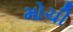
મોચી